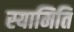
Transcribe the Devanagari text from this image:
स्यामिति